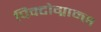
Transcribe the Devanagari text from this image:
पिक्टोग्राम्स